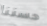
حسننا